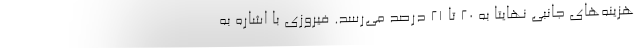
هزینه‌های جانبی نهایتا به 20 تا 21 درصد می‌رسد. فیروزی با اشاره به